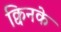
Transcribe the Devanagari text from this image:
क्विनके